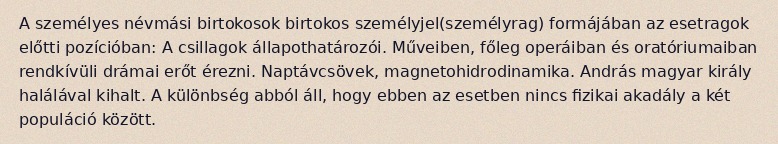
A személyes névmási birtokosok birtokos személyjel(személyrag) formájában az esetragok előtti pozícióban: A csillagok állapothatározói. Műveiben, főleg operáiban és oratóriumaiban rendkívüli drámai erőt érezni. Naptávcsövek, magnetohidrodinamika. András magyar király halálával kihalt. A különbség abból áll, hogy ebben az esetben nincs fizikai akadály a két populáció között.